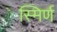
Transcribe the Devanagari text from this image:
स्मिर्ण